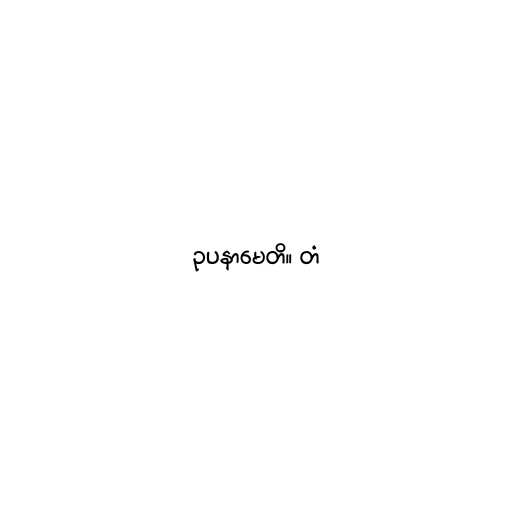
ဥပနာမေတိ။ တံ